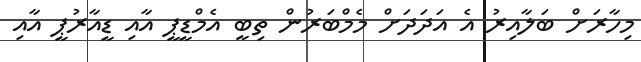
މިހާރަށް ބަލާއިރު އެ އަދަދަށް މެމްބަރުން ތިބީ އެމްޑީޕީ އާއި ޑީއާރުޕީ އާއި